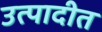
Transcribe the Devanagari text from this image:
उत्पादीत